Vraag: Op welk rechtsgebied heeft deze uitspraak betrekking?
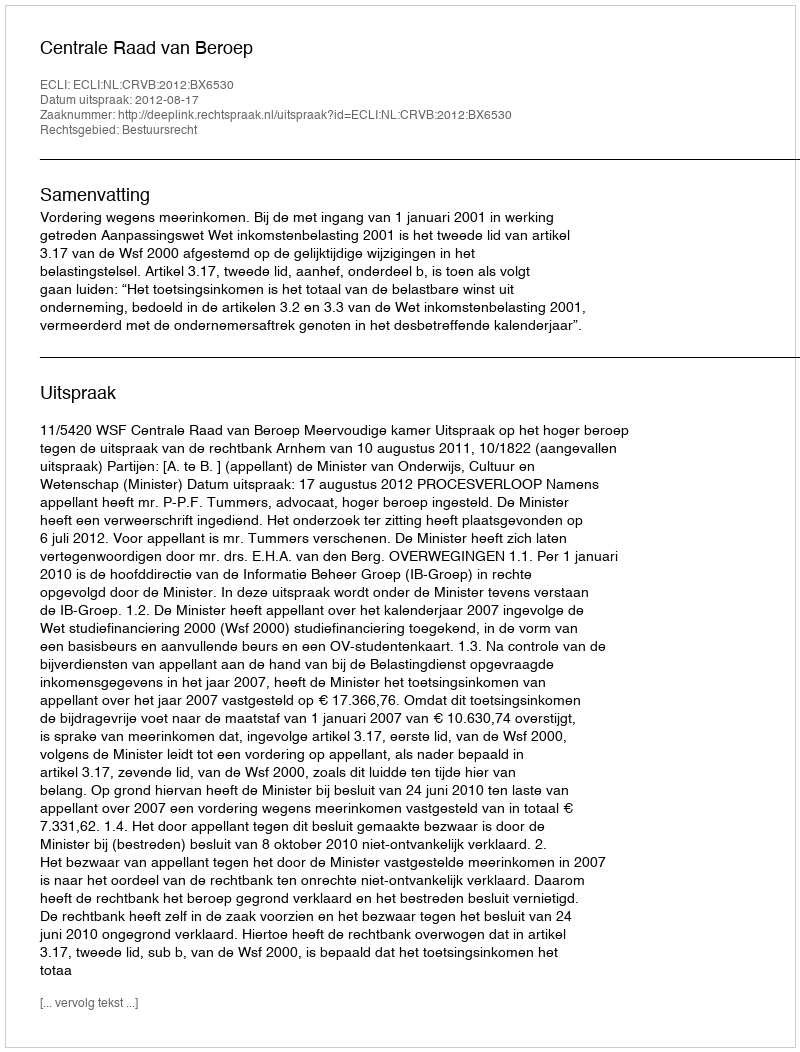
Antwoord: Bestuursrecht